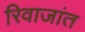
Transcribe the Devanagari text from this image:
रिवाजांत